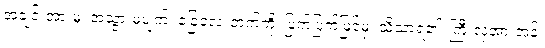
အချင်းအားမူ၊ အသွားမပျက်၊ ခြေလေးဘက်ကို၊ ပြက်ပြက်မြင်မှ၊ သိသာရ၏၊ ကြီးလှအားအန်၊